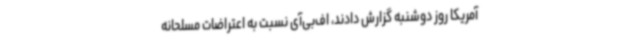
آمریکا روز دوشنبه گزارش دادند، اف‌بی‌آی نسبت به اعتراضات مسلحانه